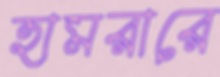
হামরারে